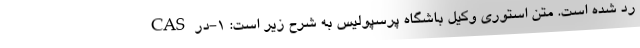
CAS رد شده است. متن استوری وکیل باشگاه پرسپولیس به شرح زیر است: 1-در